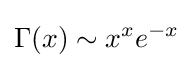
\Gamma (x)\sim x^{x}e^{-x}